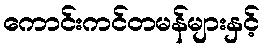
ကောင်းကင်တမန်များနှင့်